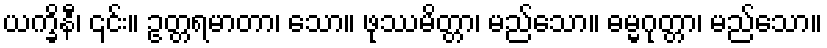
ယက္ခိနီ၊ ၎င်း။ ဥတ္တရမာတာ၊ သော။ ဖုဿမိတ္တာ၊ မည်သော။ ဓမ္မဂုတ္တာ၊ မည်သော။